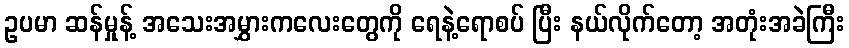
ဥပမာ ဆန်မှုန့် အသေးအမွှားကလေးတွေကို ရေနဲ့ရောစပ် ပြီး နယ်လိုက်တော့ အတုံးအခဲကြီး